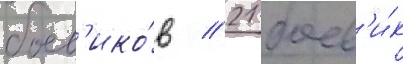
боев'ико́в / 21 боев'и́к